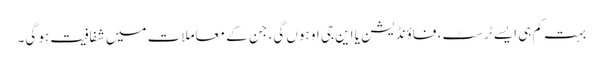
بہت کم ہی ایسے ٹرسٹ، فاؤنڈیشن یا این جی او ہوں گی، جن کے معاملات میں شفافیت ہو گی۔